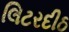
લિટરદીઠ